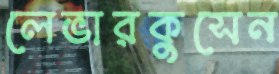
লেভারকুসেন